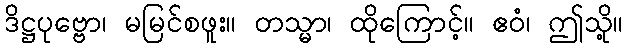
ဒိဋ္ဌပုဗ္ဗော၊ မမြင်စဖူး။ တသ္မာ၊ ထိုကြောင့်။ ဧဝံ၊ ဤသို့။